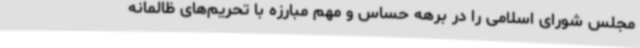
مجلس شورای اسلامی را در برهه حساس و مهم مبارزه با تحریم‌های ظالمانه